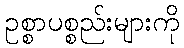
ဥစ္စာပစ္စည်းများကို